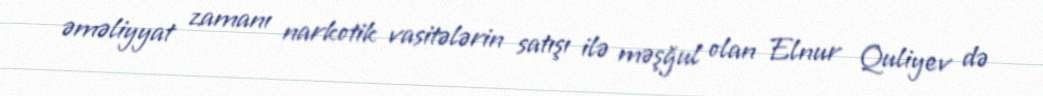
əməliyyat zamanı narkotik vasitələrin satışı ilə məşğul olan Elnur Quliyev də